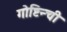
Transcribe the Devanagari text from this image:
गोष्टिन्ची